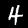
Digit: 4